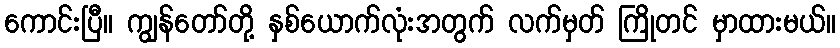
ကောင်းပြီ။ ကျွန်တော်တို့ နှစ်ယောက်လုံးအတွက် လက်မှတ် ကြိုတင် မှာထားမယ်။